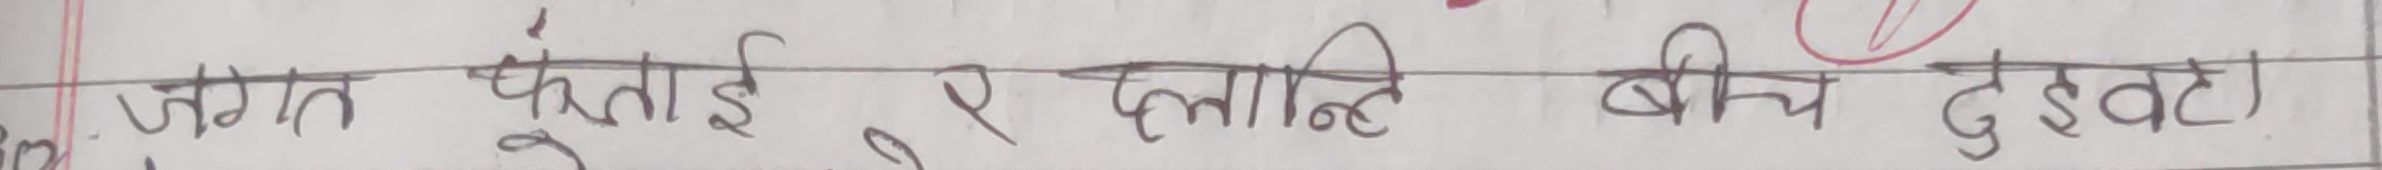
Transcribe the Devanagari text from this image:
जगत फुलाई र दस्तान्ति बीच दुइवटा